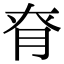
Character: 𦚉